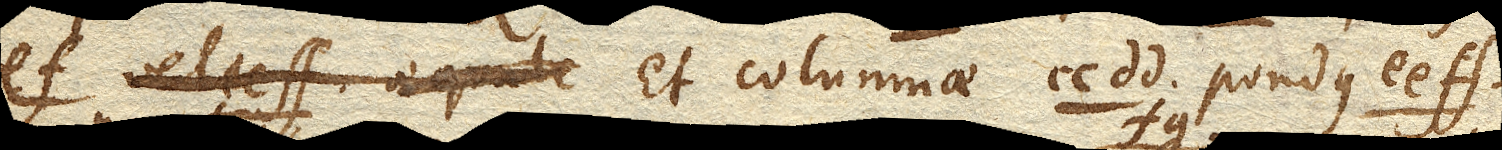
ef. vel ee ff. et columnae cc dd. pondusee ff.